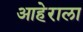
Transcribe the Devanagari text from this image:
आहेराला